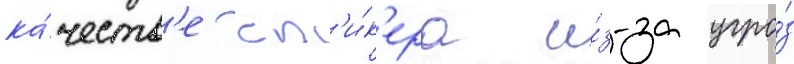
ка́честв'е сп'и́к'ера и́з-за угро́з